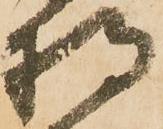
将